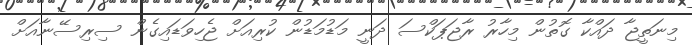
މިނަތީޖާ ދައްކާ ގޮތުން މިހާރު ރާޖަޕަކްސަ ދަނީ މަޑުމަޑުން ކުރިއަށް ޖެހިވަޑައިގެން ސިރިސޭނާއަށް